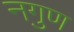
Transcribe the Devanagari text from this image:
नगुण